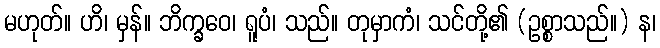
မဟုတ်။ ဟိ၊ မှန်။ ဘိက္ခဝေ၊ ရူပံ၊ သည်။ တုမှာကံ၊ သင်တို့၏ (ဥစ္စာသည်။) န၊